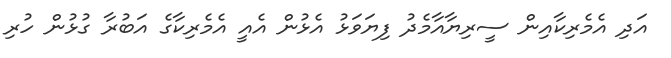
އަދި އެމެރިކާއިން ސީރިޔާއާމެދު ފިޔަވަޅު އެޅުން އެއީ އެމެރިކާގެ އަބުރާ ގުޅުން ހުރި